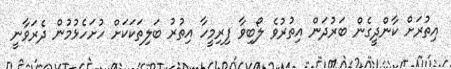
އިތުރަށް ކާންދީގެން ބަރުދަން އިތުރުވެ ލޯބިވާ ފިރިމީހާ އިތުރު ބަލިތަކަކަށް ހުށަހެޅުމުން ދެރަވާނީ